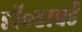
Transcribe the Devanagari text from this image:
डॉ॰हावर्ड